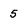
Character: 5